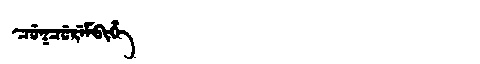
Manchu: ᠴᡠᡴᠴᡠᡵᡝᠮᠪᡳᡥᡝ
Romanization: CUKCUREMBIHE